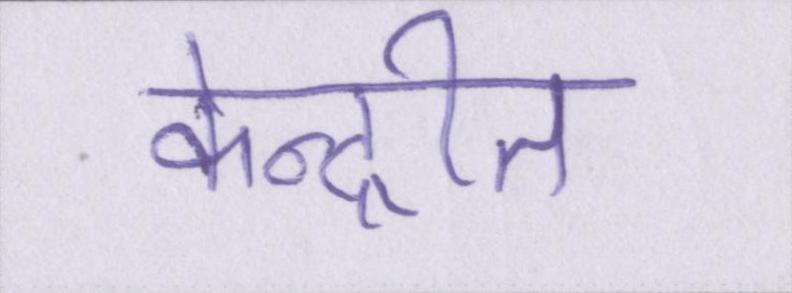
केन्द्रीत